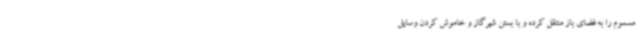
مسموم را به فضای باز منتقل کرده و با بستن شیرگاز و خاموش کردن وسایل